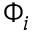
\Phi _ { i }